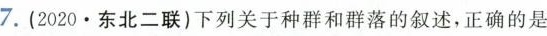
7.(2020.东北二联)下列关于种群和群落的叙述，正确的是